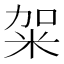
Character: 𥹌